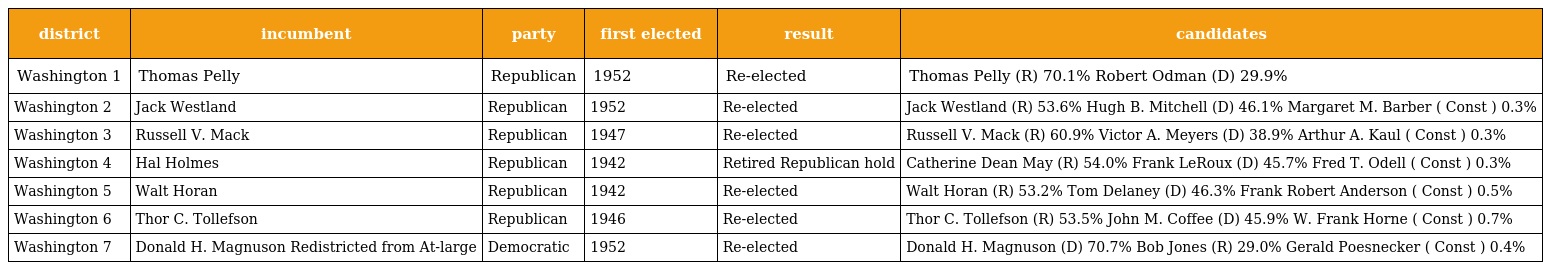
| district | incumbent | party | first elected | result | candidates |
 | --- | --- | --- | --- | --- | --- |
 | Washington 1 | Thomas Pelly | Republican | 1952 | Re-elected | Thomas Pelly (R) 70.1% Robert Odman (D) 29.9% |
 | Washington 2 | Jack Westland | Republican | 1952 | Re-elected | Jack Westland (R) 53.6% Hugh B. Mitchell (D) 46.1% Margaret M. Barber ( Const ) 0.3% |
 | Washington 3 | Russell V. Mack | Republican | 1947 | Re-elected | Russell V. Mack (R) 60.9% Victor A. Meyers (D) 38.9% Arthur A. Kaul ( Const ) 0.3% |
 | Washington 4 | Hal Holmes | Republican | 1942 | Retired Republican hold | Catherine Dean May (R) 54.0% Frank LeRoux (D) 45.7% Fred T. Odell ( Const ) 0.3% |
 | Washington 5 | Walt Horan | Republican | 1942 | Re-elected | Walt Horan (R) 53.2% Tom Delaney (D) 46.3% Frank Robert Anderson ( Const ) 0.5% |
 | Washington 6 | Thor C. Tollefson | Republican | 1946 | Re-elected | Thor C. Tollefson (R) 53.5% John M. Coffee (D) 45.9% W. Frank Horne ( Const ) 0.7% |
 | Washington 7 | Donald H. Magnuson Redistricted from At-large | Democratic | 1952 | Re-elected | Donald H. Magnuson (D) 70.7% Bob Jones (R) 29.0% Gerald Poesnecker ( Const ) 0.4% |